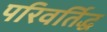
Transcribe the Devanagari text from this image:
परिवर्तिद्ध